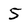
Character: 5